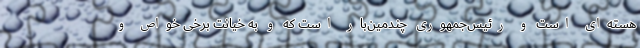
هسته‌ای است و رئیس‌جمهوری چندمین‌بار است که و به خیانت برخی خواص و